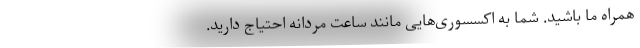
همراه ما باشید. شما به اکسسوری‌هایی مانند ساعت‌ مردانه احتیاج دارید.